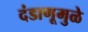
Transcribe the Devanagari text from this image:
दंडाणूमुळे